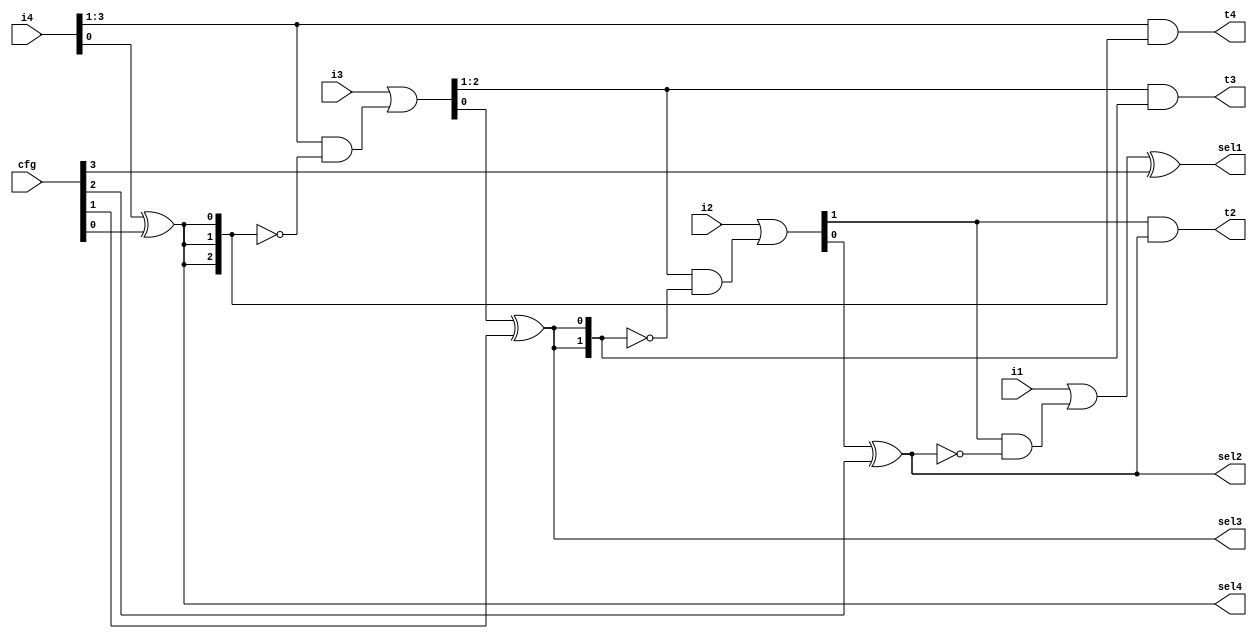

module perm_addr_slice (

    input        [0:0] i1,

    output wire  [0:0] t2,
    input        [1:0] i2,

    output wire  [1:0] t3,
    input        [2:0] i3,

    output wire  [2:0] t4,
    input        [3:0] i4,

    output wire sel1, sel2, sel3, sel4,

    input [3:0] cfg
);

    wire adr_lsb1, adr_lsb2, adr_lsb3, adr_lsb4;



    wire [0:0] adr1;
    wire [1:0] adr2;
    wire [2:0] adr3;
    wire [3:0] adr4;



    wire [0:0] adr_rest2, adr_back2;
    assign adr_back2 = adr_rest2 & ~{1{sel2}};
    assign t2    = adr_rest2 &  {1{sel2}};

    wire [1:0] adr_rest3, adr_back3;
    assign adr_back3 = adr_rest3 & ~{2{sel3}};
    assign t3    = adr_rest3 &  {2{sel3}};

    wire [2:0] adr_rest4, adr_back4;
    assign adr_back4 = adr_rest4 & ~{3{sel4}};
    assign t4    = adr_rest4 &  {3{sel4}};



    assign adr1 = i1 | adr_back2;

    assign adr2 = i2 | adr_back3;

    assign adr3 = i3 | adr_back4;

    assign adr4 = i4;



    assign adr_lsb1 = adr1;

    assign {adr_rest2, adr_lsb2} = adr2;

    assign {adr_rest3, adr_lsb3} = adr3;

    assign {adr_rest4, adr_lsb4} = adr4;



    assign sel1 = adr_lsb1 ^ cfg[3];
    assign sel2 = adr_lsb2 ^ cfg[2];
    assign sel3 = adr_lsb3 ^ cfg[1];
    assign sel4 = adr_lsb4 ^ cfg[0];

endmodule